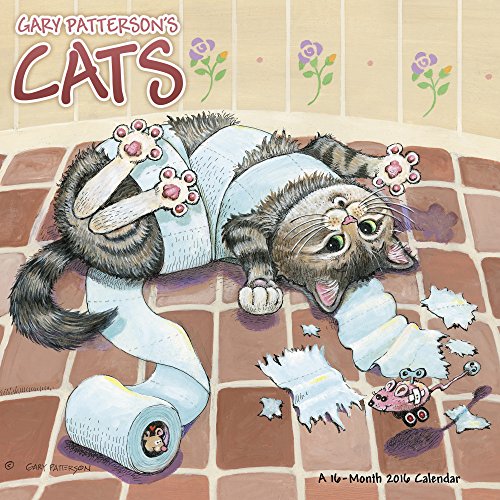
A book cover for Gary Patterson's Cats Wall Calendar (2016); Day Dream; Calendars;